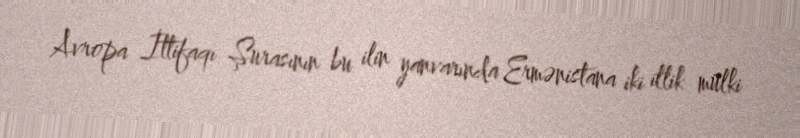
Avropa İttifaqı Şurasının bu ilin yanvarında Ermənistana iki illik mülki